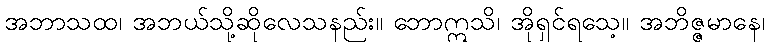
အဘာသထ၊ အဘယ်သို့ဆိုလေသနည်း။ ဘောဣသိ၊ အိုရှင်ရသေ့။ အဘိဇ္ဇမာနေ၊